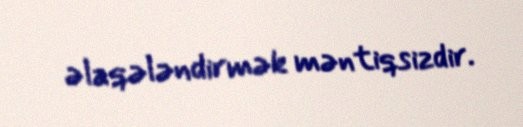
əlaqələndirmək məntiqsizdir.